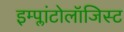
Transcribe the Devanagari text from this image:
इम्प्लांटोलॉजिस्ट